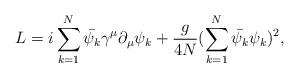
LaTeX: \begin{align*}L = i\sum_{k=1}^{N}\bar{\psi_k} \gamma^\mu \partial_\mu\psi_k +\frac{g}{4N} (\sum_{k=1}^{N}\bar{\psi_k}\psi_k)^2,\end{align*}